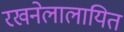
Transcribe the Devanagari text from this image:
रखनेलालायित